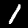
Digit: 1